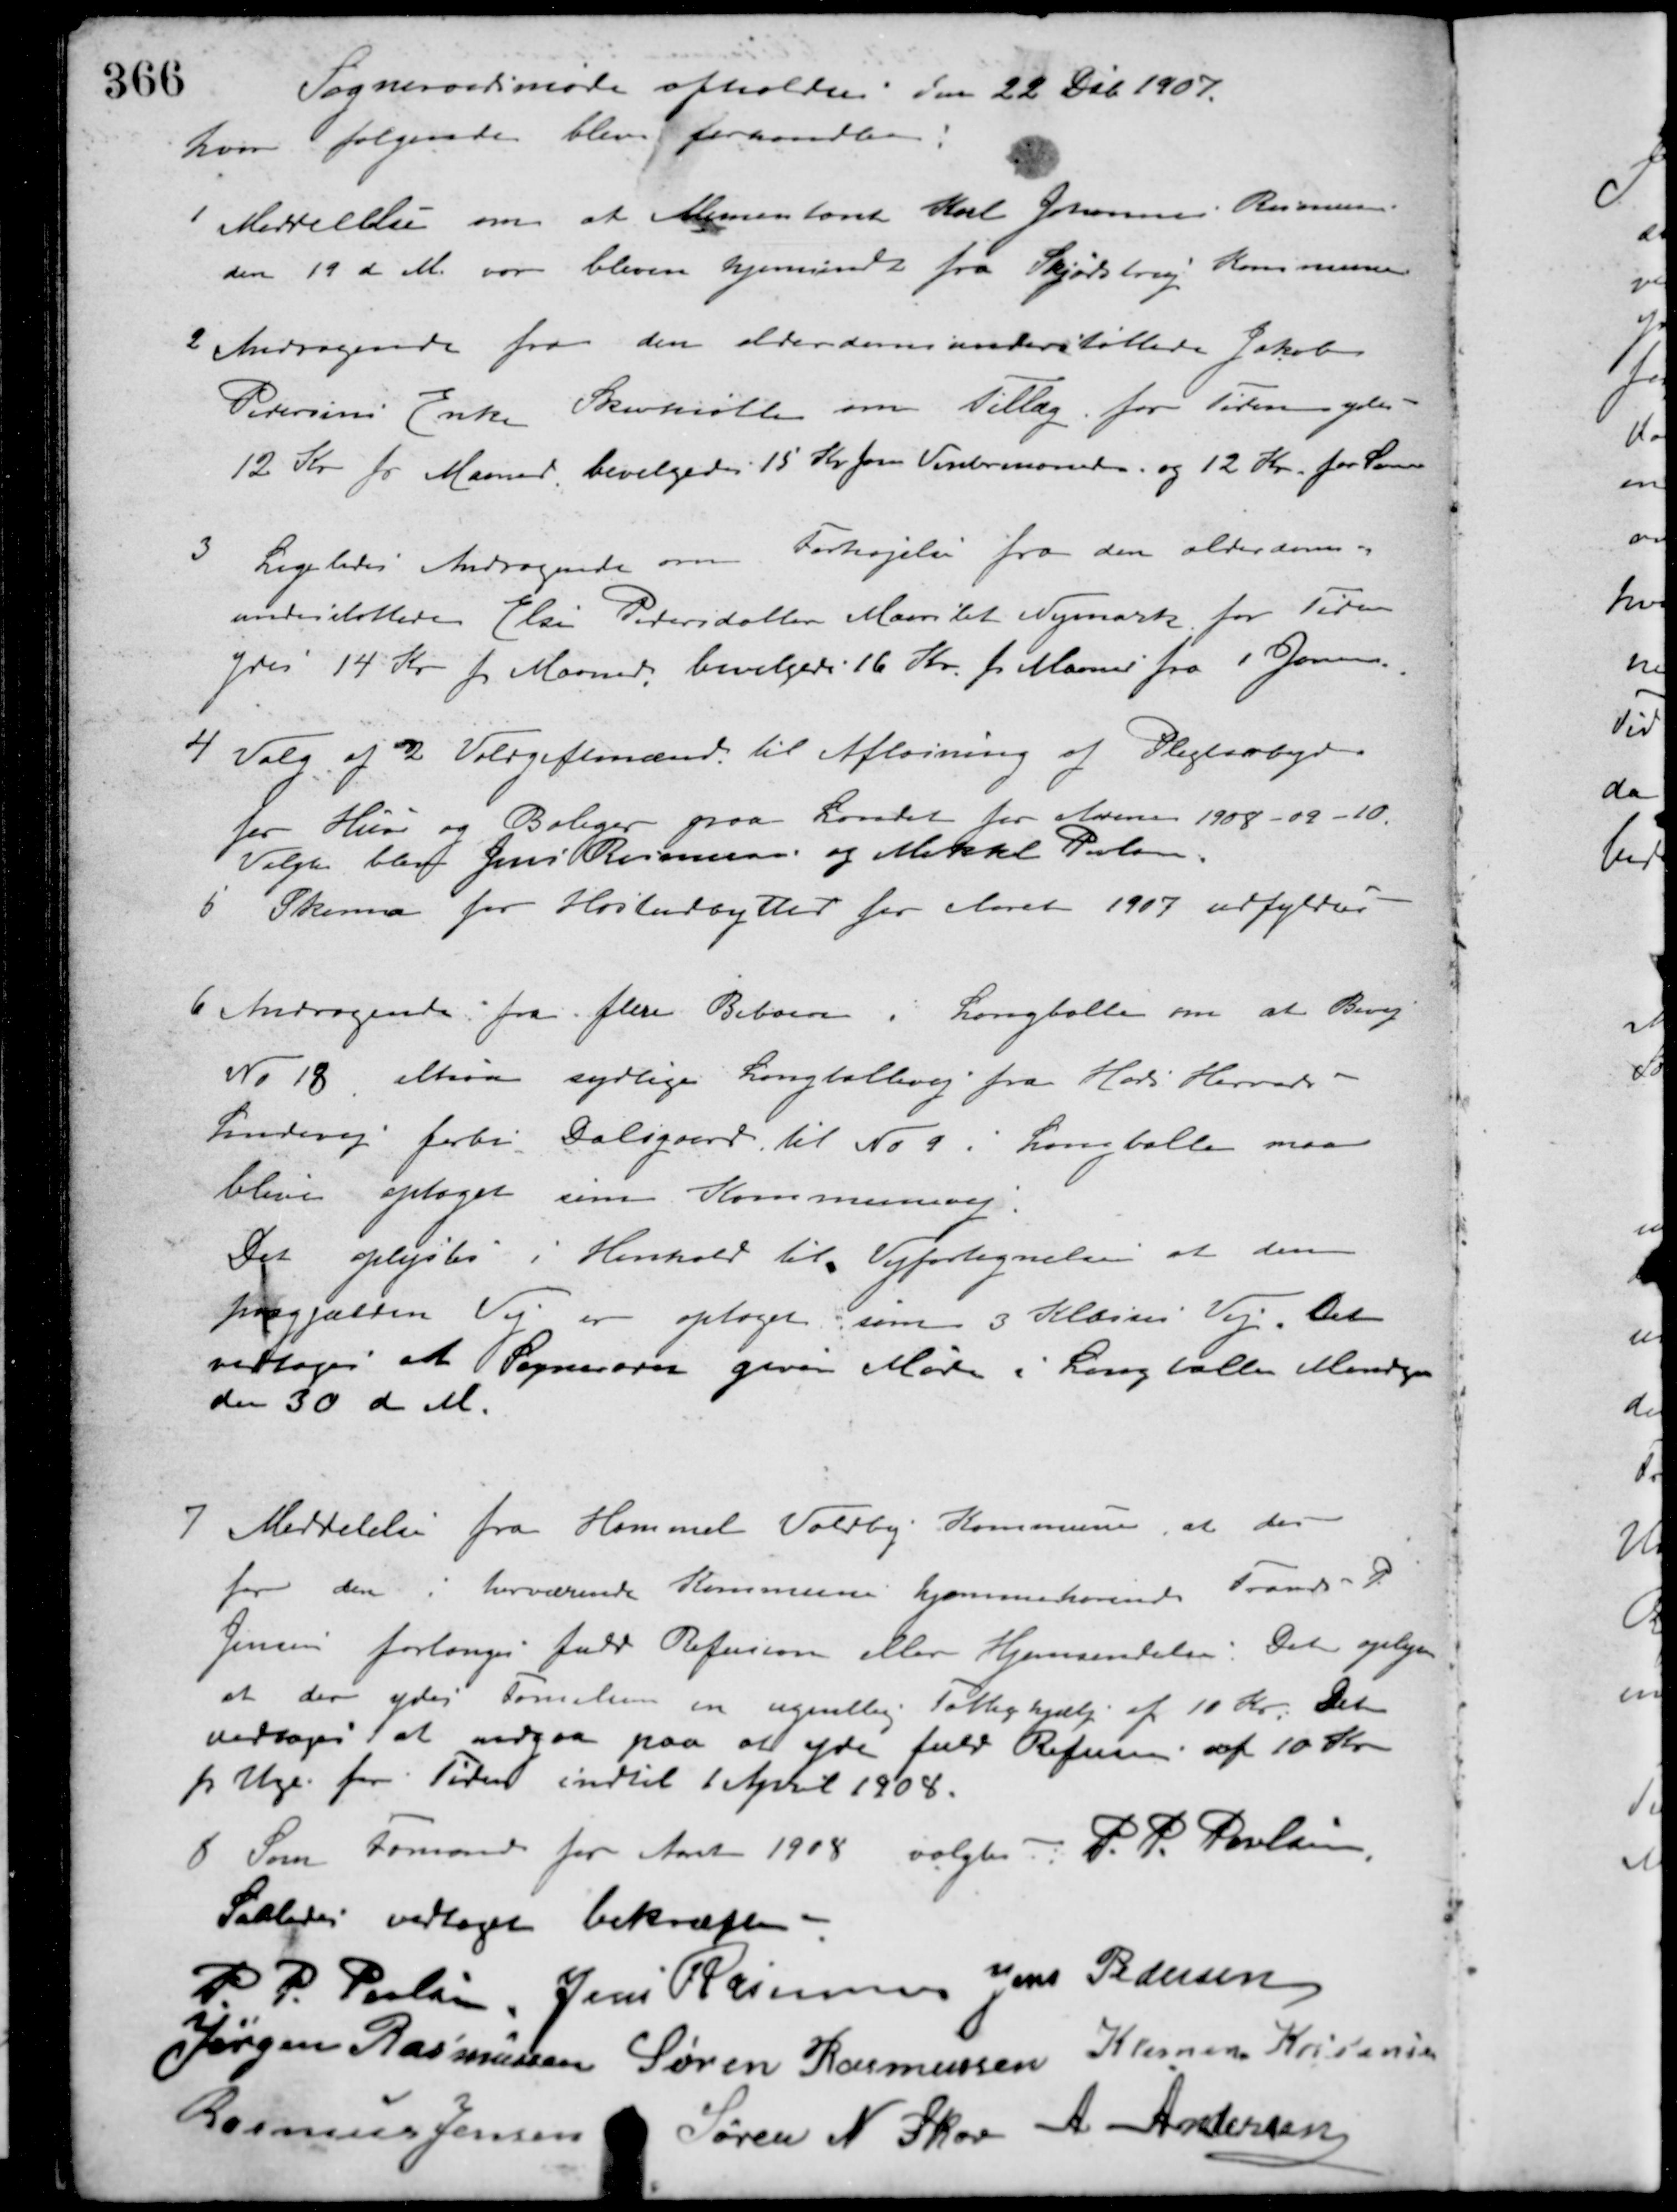
Transskription:
Sogneraadsmøde afholdtes den 22 Deb. 1907.
hvor følgende blev forhandlet:
1 Meddelelse om at Alimentant Karl Johannes Rasmussen
den 19 d M. var bleven hjemsendt fra Skjødstrup Kommune
2 Andragende fra den alderdomsunderstøttede Jakob
Petersens Enke Skovmøllen om Tillæg for Tiden ydes -
12 Kr. pr. Maaned, bevilgedes 15 Kr. for Vintermaaderne og 12 Kr. for Sommer.
3 Ligeledes Andragende om Forhøjelse fra den alderdoms-
understøttede Else Pedersdatter Maarslet Nymark for Tiden
ydes 14 Kr. pr. Maaned, bevilgede 16 Kr. pr. Maaned fra 1 Januar.
4 Valg af 2 Voldgiftsmænd til Afløsning af Pligtarbejde
for Huse og Boliger paa Landet for Aarene 1908-09-10.
Valgte blev Jens Rasmussen og Mikkel Poulsen.
5 Skema for Høstudbyttet for Aaret 1907 udfyldtes
6 Andragende fra flere Beboere i Langballe om at Bivej
No 18, altsaa sydlige Langballevej fra Hads Herreds
Landevej forbi Dalsgaard til No 9 i Langballe maa
blive optaget som Kommunevej.
Det oplystes i Henhold til Vejfortegnelse at den
paagjælden Vej er optaget som 3 Klasses Vej. Det
vedtoges at Sogneraadet giver Møde i Langballe Mandagen
den 30 d. M.
7 Meddelelse fra Hammel Voldby Kommune, at der
for den i herværende Kommune hjemmehørende Frans P.
Jensen forlanges fuld Refusion eller Hjemsendelse. Det oplyses
at der ydes Familien en ugentlig Fattighjælp af 10 Kr. Det
vedtoges at indgaa paa at yde fuld Refusion af 10 Kr.
pr. Uge for Tiden indtil 1 April 1908.
8 Som Formand for Aaret 1908 valgtes: P. P. Poulsen.
Saaledes vedtaget bekræftes
P. P. Poulsen Jens Rasmussen Jens Pedersen
Jørgen Rasmussen Søren Rasmussen Klemen Kristensen
Rasmus Jensen Søren N. Skov A. Andersen